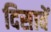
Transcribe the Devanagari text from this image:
दिसावें